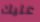
عليك